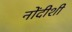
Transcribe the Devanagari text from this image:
नोंदीशी